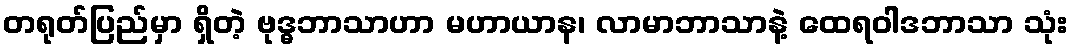
တရုတ်ပြည်မှာ ရှိတဲ့ ဗုဒ္ဓဘာသာဟာ မဟာယာန၊ လာမာဘာသာနဲ့ ထေရဝါဒဘာသာ သုံး